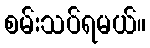
စမ်းသပ်ရမယ်။